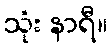
သုံး နာရီ။